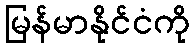
မြန်မာနိုင်ငံကို